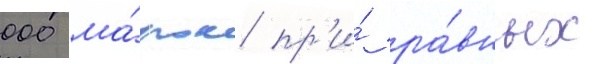
000 ма́рок пр'и́ ра́вных